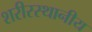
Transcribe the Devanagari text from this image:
शरीरस्थानीय